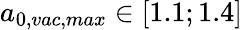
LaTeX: a_{0,vac,max}\in[1.1;1.4]